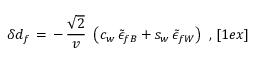
\delta d _ { f } \, = \, - \, { \frac { \sqrt { 2 } } { v } } \ \left( c _ { w } \, \tilde { \epsilon } _ { f B } + s _ { w } \, \tilde { \epsilon } _ { f W } \right) \ , \, [ 1 e x ]